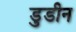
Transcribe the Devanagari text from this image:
डुडीन